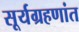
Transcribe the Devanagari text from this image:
सूर्यग्रहणांत